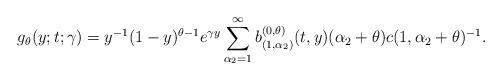
LaTeX: \begin{align*}g_\theta(y;t;\gamma) = y^{-1}(1-y)^{\theta-1}e^{\gamma y}\sum_{\alpha_2=1}^\infty b^{(0,\theta)}_{(1,\alpha_2)}(t,y)(\alpha_2+\theta)c(1,\alpha_2+\theta)^{-1}.\end{align*}